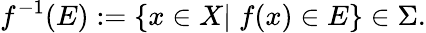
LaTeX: f^{-1}(E):=\{ x\in X|\; f(x)\in E\} \in\Sigma.